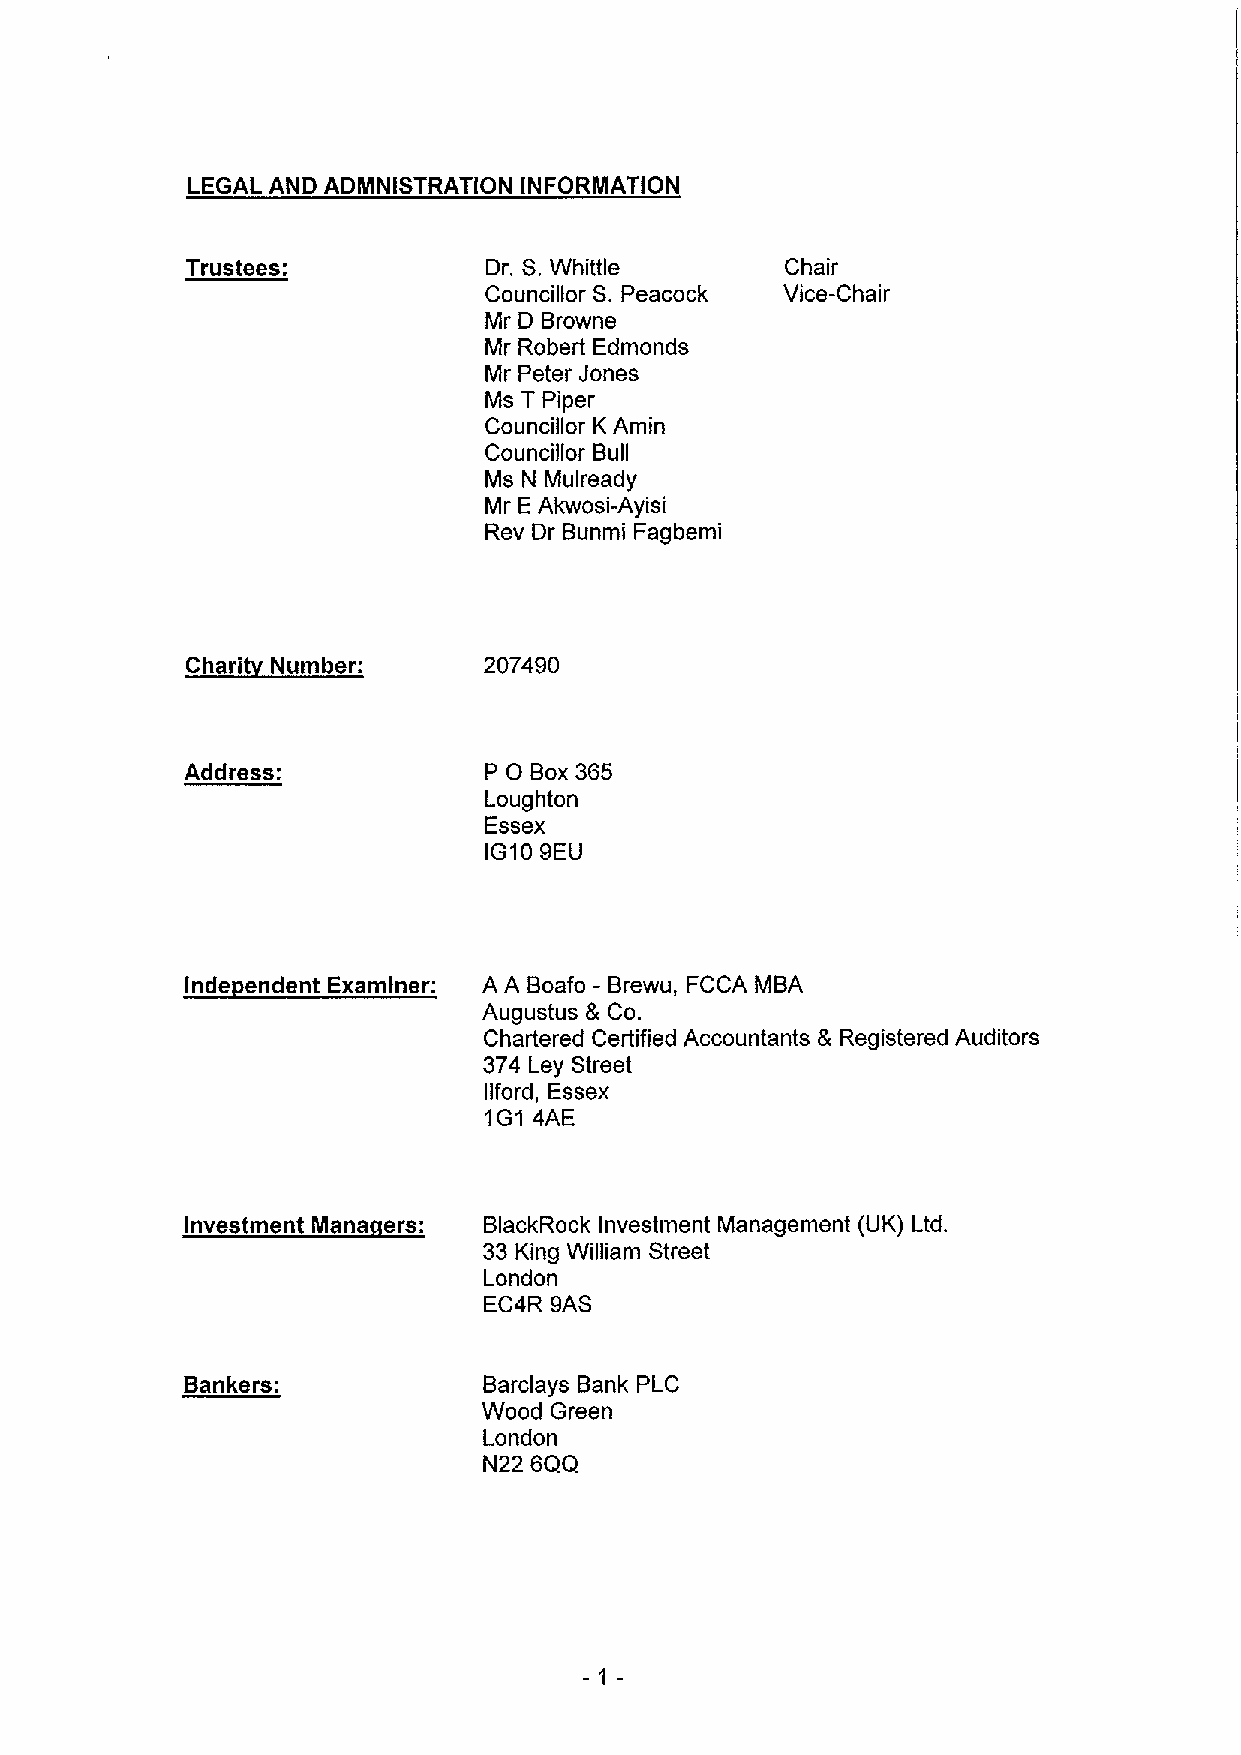
LEGAL AND ADMNISTRATION INFORMATION
 Trustees:           Dr. S.Whittle       Chair
 Councillor S.Peacock Vice-Chair
 Mr D Browne
 Mr Robert Edmonds
 Mr Peter Jones
 Ms T Piper
 Councillor K Amin
 Councillor Bull
 Ms N Mulready
 Mr EAkwosi-Ayisi
 Rev Dr Bunmi Fagbemi
 Ch  ithN b          207490
 0
 Address:            P  Box365
 Loughton
 Essex
 IG10 9EU
 Inde endent Examiner: A A Boafo - Brewu, FCCA MBA
 Augustus 8 Co.
 Chartered Certified Accountants 8 Registered Auditors
 374 Ley Street
 llford, Essex
 1G1 4AE
 Investment Mana ers: BlackRock Investment Management (UK) Ltd.
 33King William Street
 London
 EC4R 9AS
 Bankers:            Barclays Bank PLC
 Wood Green
 London
 N22 6QQ